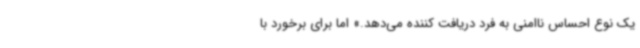
یک نوع احساس ناامنی به فرد دریافت کننده می‌دهد.» اما برای برخورد با